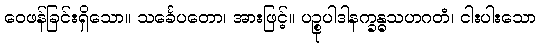
ဝေဖန်ခြင်းရှိသော။ သင်္ခေပတော၊ အားဖြင့်။ ပဉ္စုပါဒါနက္ခန္ဓသဟဂတံ၊ ငါးပါးသော